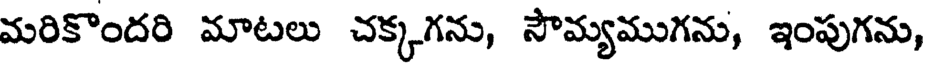
మరికొందరి మాటలు చక్కగను, సౌమ్యముగను, ఇంపుగను,